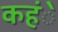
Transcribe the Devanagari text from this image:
कहंे